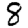
Digit: 8